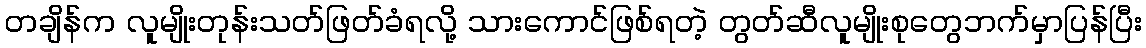
တချိန်က လူမျိုးတုန်းသတ်ဖြတ်ခံရလို့ သားကောင်ဖြစ်ရတဲ့ တွတ်ဆီလူမျိုးစုတွေဘက်မှာပြန်ပြီး